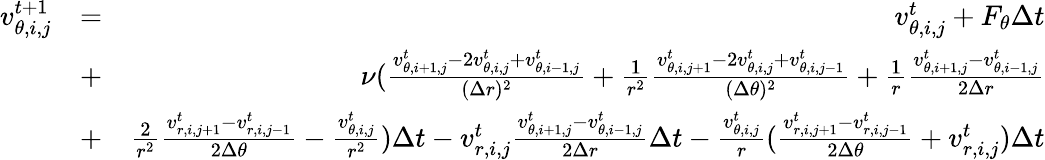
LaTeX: \begin{array}{rlr}{v_{\theta,i,j}^{t+1}}&{=}&{v_{\theta,i,j}^{t}+F_{\theta}\Delta t}\\ &{+}&{\nu(\frac{v_{\theta,i+1,j}^{t}-2v_{\theta,i,j}^{t}+v_{\theta,i-1,j}^{t}}{(\Delta r)^{2}}+\frac{1}{r^{2}}\frac{v_{\theta,i,j+1}^{t}-2v_{\theta,i,j}^{t}+v_{\theta,i,j-1}^{t}}{(\Delta\theta)^{2}}+\frac{1}{r}\frac{v_{\theta,i+1,j}^{t}-v_{\theta,i-1,j}^{t}}{2\Delta r}}\\ &{+}&{\frac{2}{r^{2}}\frac{v_{r,i,j+1}^{t}-v_{r,i,j-1}^{t}}{2\Delta\theta}-\frac{v_{\theta,i,j}^{t}}{r^{2}})\Delta t-v_{r,i,j}^{t}\frac{v_{\theta,i+1,j}^{t}-v_{\theta,i-1,j}^{t}}{2\Delta r}\Delta t-\frac{v_{\theta,i,j}^{t}}{r}(\frac{v_{r,i,j+1}^{t}-v_{r,i,j-1}^{t}}{2\Delta\theta}+v_{r,i,j}^{t})\Delta t}\end{array}